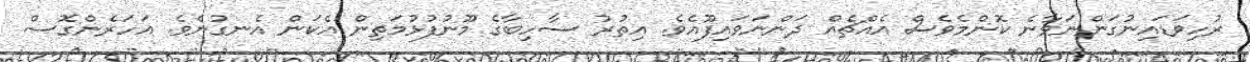
ރުހިވަޑައިނުގަންނަވާނެ ކޮންމެވެސް އެއްޗެއް ދަންނަވައިފޫއެވެ. އިތުރު ސާހިބާގެ މޫނުފުޅުމަތިން އެކަން އެނގުނެވެ. އަހަރެންގޮސް